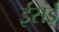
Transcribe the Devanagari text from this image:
ईसई